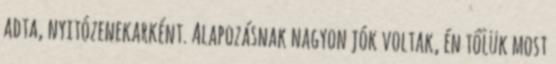
adta, nyitózenekarként. Alapozásnak nagyon jók voltak, én tőlük most